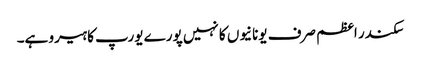
سکندر اعظم صرف یونانیوں کا نہیں پورے یورپ کا ہیرو ہے۔